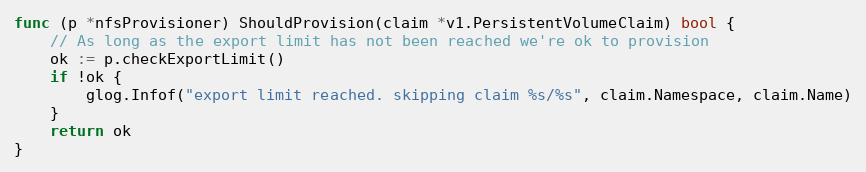
Language: Go
func (p *nfsProvisioner) ShouldProvision(claim *v1.PersistentVolumeClaim) bool {
	// As long as the export limit has not been reached we're ok to provision
	ok := p.checkExportLimit()
	if !ok {
		glog.Infof("export limit reached. skipping claim %s/%s", claim.Namespace, claim.Name)
	}
	return ok
}